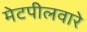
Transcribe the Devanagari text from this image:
मेटपीलवारे